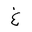
Letter: _gayn